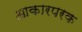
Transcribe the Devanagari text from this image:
आकारपरक